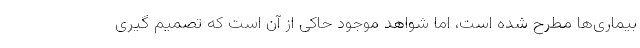
بیماری‌ها مطرح شده است، اما شواهد موجود حاکی از آن است که تصمیم گیری